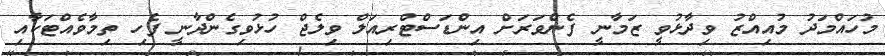
މުހައްމަދު މުއިއްޒު ވިދާޅުވީ ޒަމާނީ ފެންވަރަށް އިންޑަސްޓްރިއަލް ވިލެޖް ހުޅުވިގެންދާނީ ފެހި ތިމާވެއްޓަކާއި